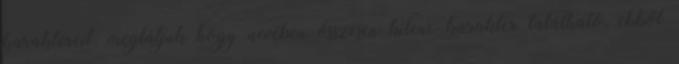
karaktereit, meglátjuk hogy nevében összesen kilenc karakter található, ebből